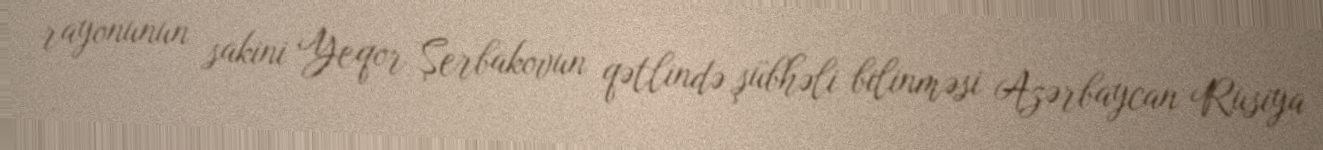
rayonunun sakini Yeqor Şerbakovun qətlində şübhəli bilinməsi Azərbaycan Rusiya